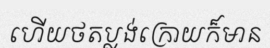
ហើយថតប្លង់ក្រោយក៏មាន